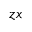
z x